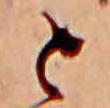
と